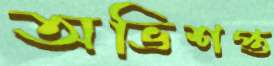
অভিশপ্ত